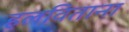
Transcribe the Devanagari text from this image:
हलविताना